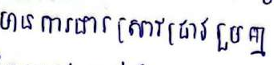
មានការងារស្រាវជ្រាវរួមគ្នា